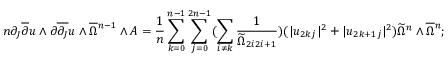
n \partial _ { J } \overline { { \partial } } u \wedge \partial \overline { { \partial _ { J } } } u \wedge \overline { { \Omega } } { \mathstrut } ^ { n - 1 } \wedge A = \frac { 1 } { n } \sum _ { k = 0 } ^ { n - 1 } \sum _ { j = 0 } ^ { 2 n - 1 } ( \sum _ { i \neq k } \frac { 1 } { \widetilde { \Omega } _ { 2 i 2 i + 1 } } ) ( | u _ { 2 k j } | ^ { 2 } + | u _ { 2 k + 1 j } | ^ { 2 } ) \widetilde { \Omega } ^ { n } \wedge \overline { { \Omega } } { \mathstrut } ^ { n } ;